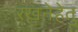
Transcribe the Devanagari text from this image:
रखनेहेतु